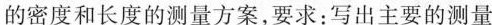
的密度和长度的测量方案，要求：写出主要的测量